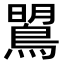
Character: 𪂡